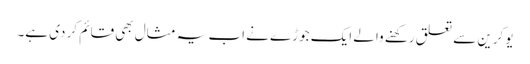
یوکرین سے تعلق رکھنے والے ایک جوڑے نے اب یہ مثال بھی قائم کر دی ہے۔